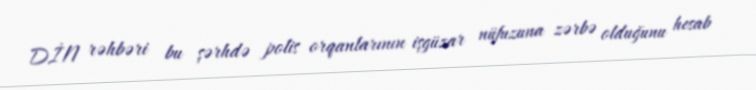
DİN rəhbəri bu şərhdə polis orqanlarının işgüzar nüfuzuna zərbə olduğunu hesab